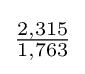
{\tfrac {2,315}{1,763}}